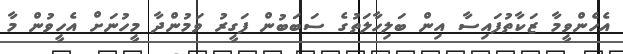
އެހެންވީމާ ޒަކާތުފައިސާ އިން ބަލިހާލަތުގެ ސަބަބުން ފަގީރު ވަމުންދާ މީހުނަށް އެހީވުން މާ